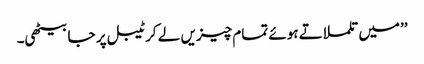
’’میں تلملاتے ہوئے تمام چیزیں لے کر ٹیبل پر جا بیٹھی۔